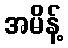
အမိန့်